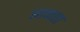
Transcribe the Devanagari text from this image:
स्वच्चता